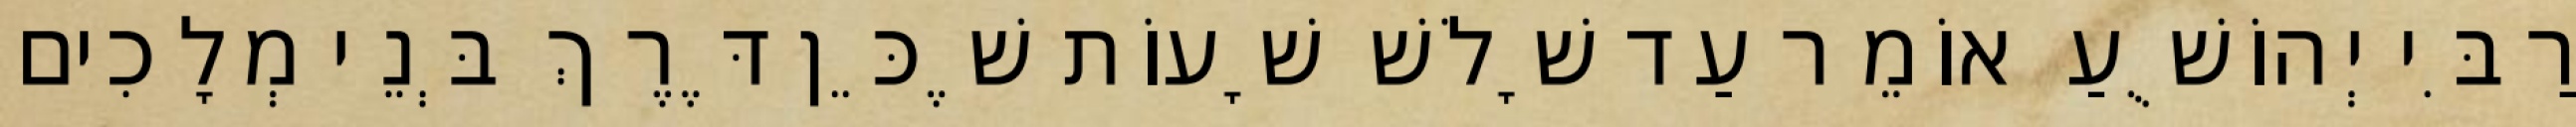
רַבִּי יְהוֹשֻׁעַ אוֹמֵר עַד שָׁלֹשׁ שָׁעוֹת שֶׁכֵּן דֶּרֶךְ בְּנֵי מְלָכִים